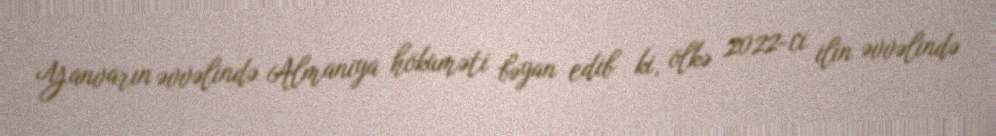
Yanvarın əvvəlində Almaniya hökuməti bəyan edib ki, ölkə 2022-ci ilin əvvəlində